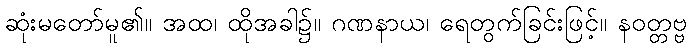
ဆုံးမတော်မူ၏။ အထ၊ ထိုအခါ၌။ ဂဏနာယ၊ ရေတွက်ခြင်းဖြင့်။ နဝတ္တဗ္ဗ